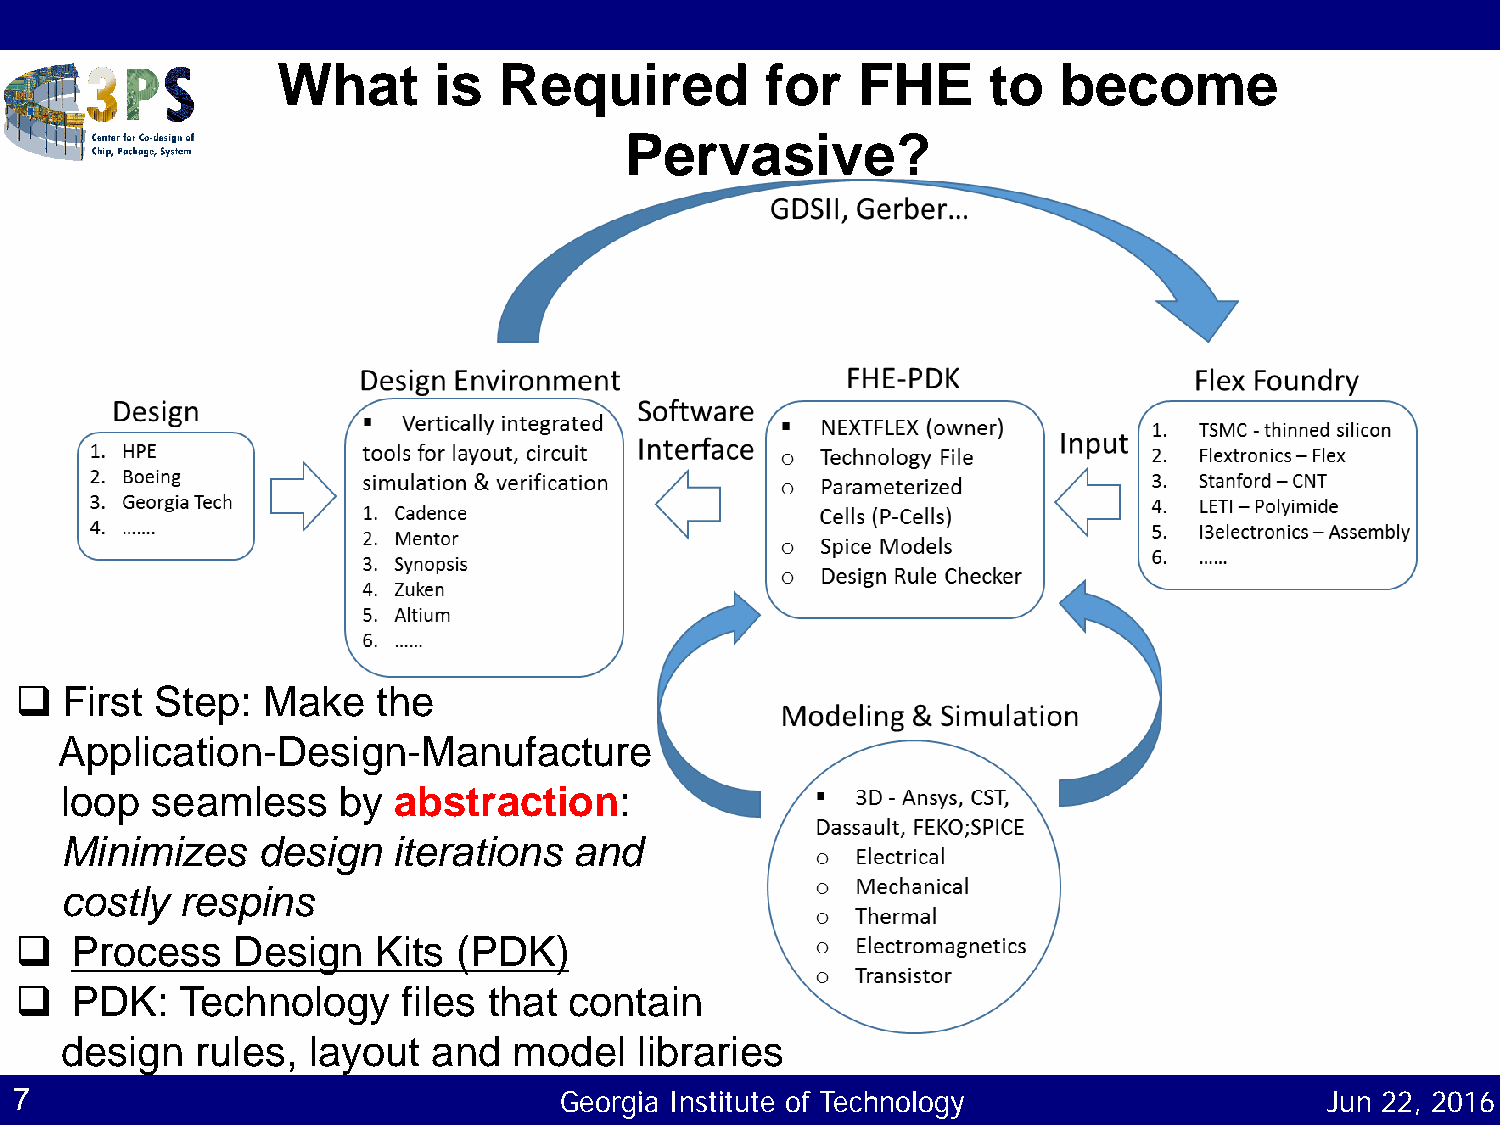
What       is  Required          for   FHE     to   become
 Pervasive?
   First Step:  Make    the
 Application-Design-Manufacture
 loop  seamless    by  abstraction:
 Minimizes    design   iterations  and
 costly  respins
    Process   Design    Kits (PDK)
    PDK:   Technology     files that contain
 design   rules, layout   and  model   libraries
 7                                   Georgia Institute of Technology                    Jun 22, 2016